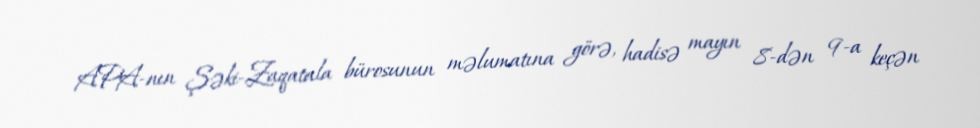
APA-nın Şəki-Zaqatala bürosunun məlumatına görə, hadisə mayın 8-dən 9-a keçən